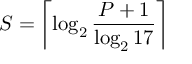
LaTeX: S = \left\lceil \log _ { 2 } { \frac { P + 1 } { \log _ { 2 } 1 7 } } \right\rceil